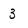
Character: 3